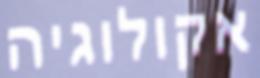
אקולוגיה